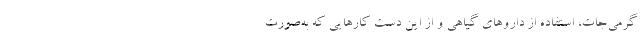
گرمی‌جات، استفاده از داروهای گیاهی و از این دست کارهایی که به‌صورت